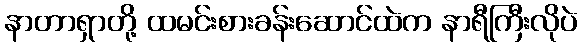
နာတာရှာတို့ ထမင်းစားခန်းဆောင်ထဲက နာရီကြီးလိုပဲ